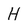
Character: H